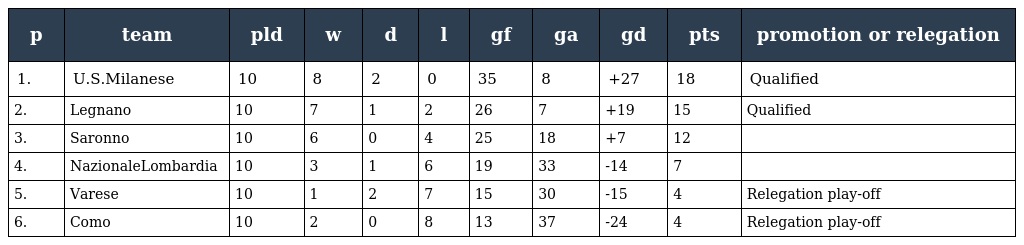
| p | team | pld | w | d | l | gf | ga | gd | pts | promotion or relegation |
 | --- | --- | --- | --- | --- | --- | --- | --- | --- | --- | --- |
 | 1. | U.S.Milanese | 10 | 8 | 2 | 0 | 35 | 8 | +27 | 18 | Qualified |
 | 2. | Legnano | 10 | 7 | 1 | 2 | 26 | 7 | +19 | 15 | Qualified |
 | 3. | Saronno | 10 | 6 | 0 | 4 | 25 | 18 | +7 | 12 |  |
 | 4. | NazionaleLombardia | 10 | 3 | 1 | 6 | 19 | 33 | -14 | 7 |  |
 | 5. | Varese | 10 | 1 | 2 | 7 | 15 | 30 | -15 | 4 | Relegation play-off |
 | 6. | Como | 10 | 2 | 0 | 8 | 13 | 37 | -24 | 4 | Relegation play-off |